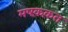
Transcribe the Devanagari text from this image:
मषक़क़त